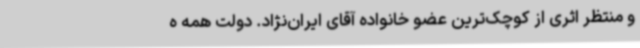
و منتظر اثری از کوچک‌ترین عضو خانواده آقای ایران‌نژاد. دولت همه ه